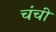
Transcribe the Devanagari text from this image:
चंची